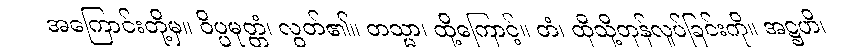
အကြောင်းတို့မှ။ ဝိပ္ပမုတ္တံ၊ လွတ်၏။ တသ္မာ၊ ထို့ကြောင့်။ တံ၊ ထိုသို့တုန်လှုပ်ခြင်းကို။ အဋ္ဌဟိ၊